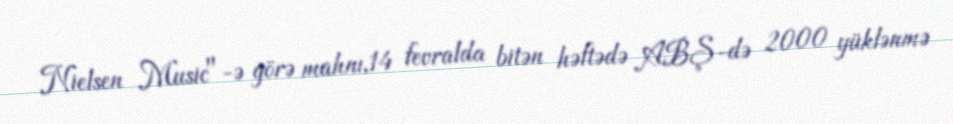
Nielsen Music"-ə görə mahnı,14 fevralda bitən həftədə ABŞ-də 2000 yüklənmə